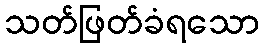
သတ်ဖြတ်ခံရသော